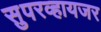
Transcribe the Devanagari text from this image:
सुपरव्हायजर